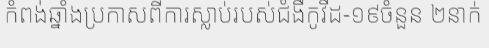
កំពង់ឆ្នាំងប្រកាសពីការស្លាប់របស់ជំងឺកូវីដ-១៩ចំនួន ២នាក់